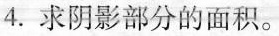
4.求阴影部分的面积。